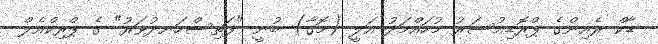
ޑާކް ރެއިންގެ ޕްރޮޑިއުސަރު މުހައްމަދު އަލީ (މޮގާ) ބުނީ "ފަތިސްހަނދުވަރު" ގެ ޕްރިކްއެލް